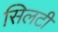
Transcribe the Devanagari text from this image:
सिलटी